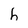
Character: h